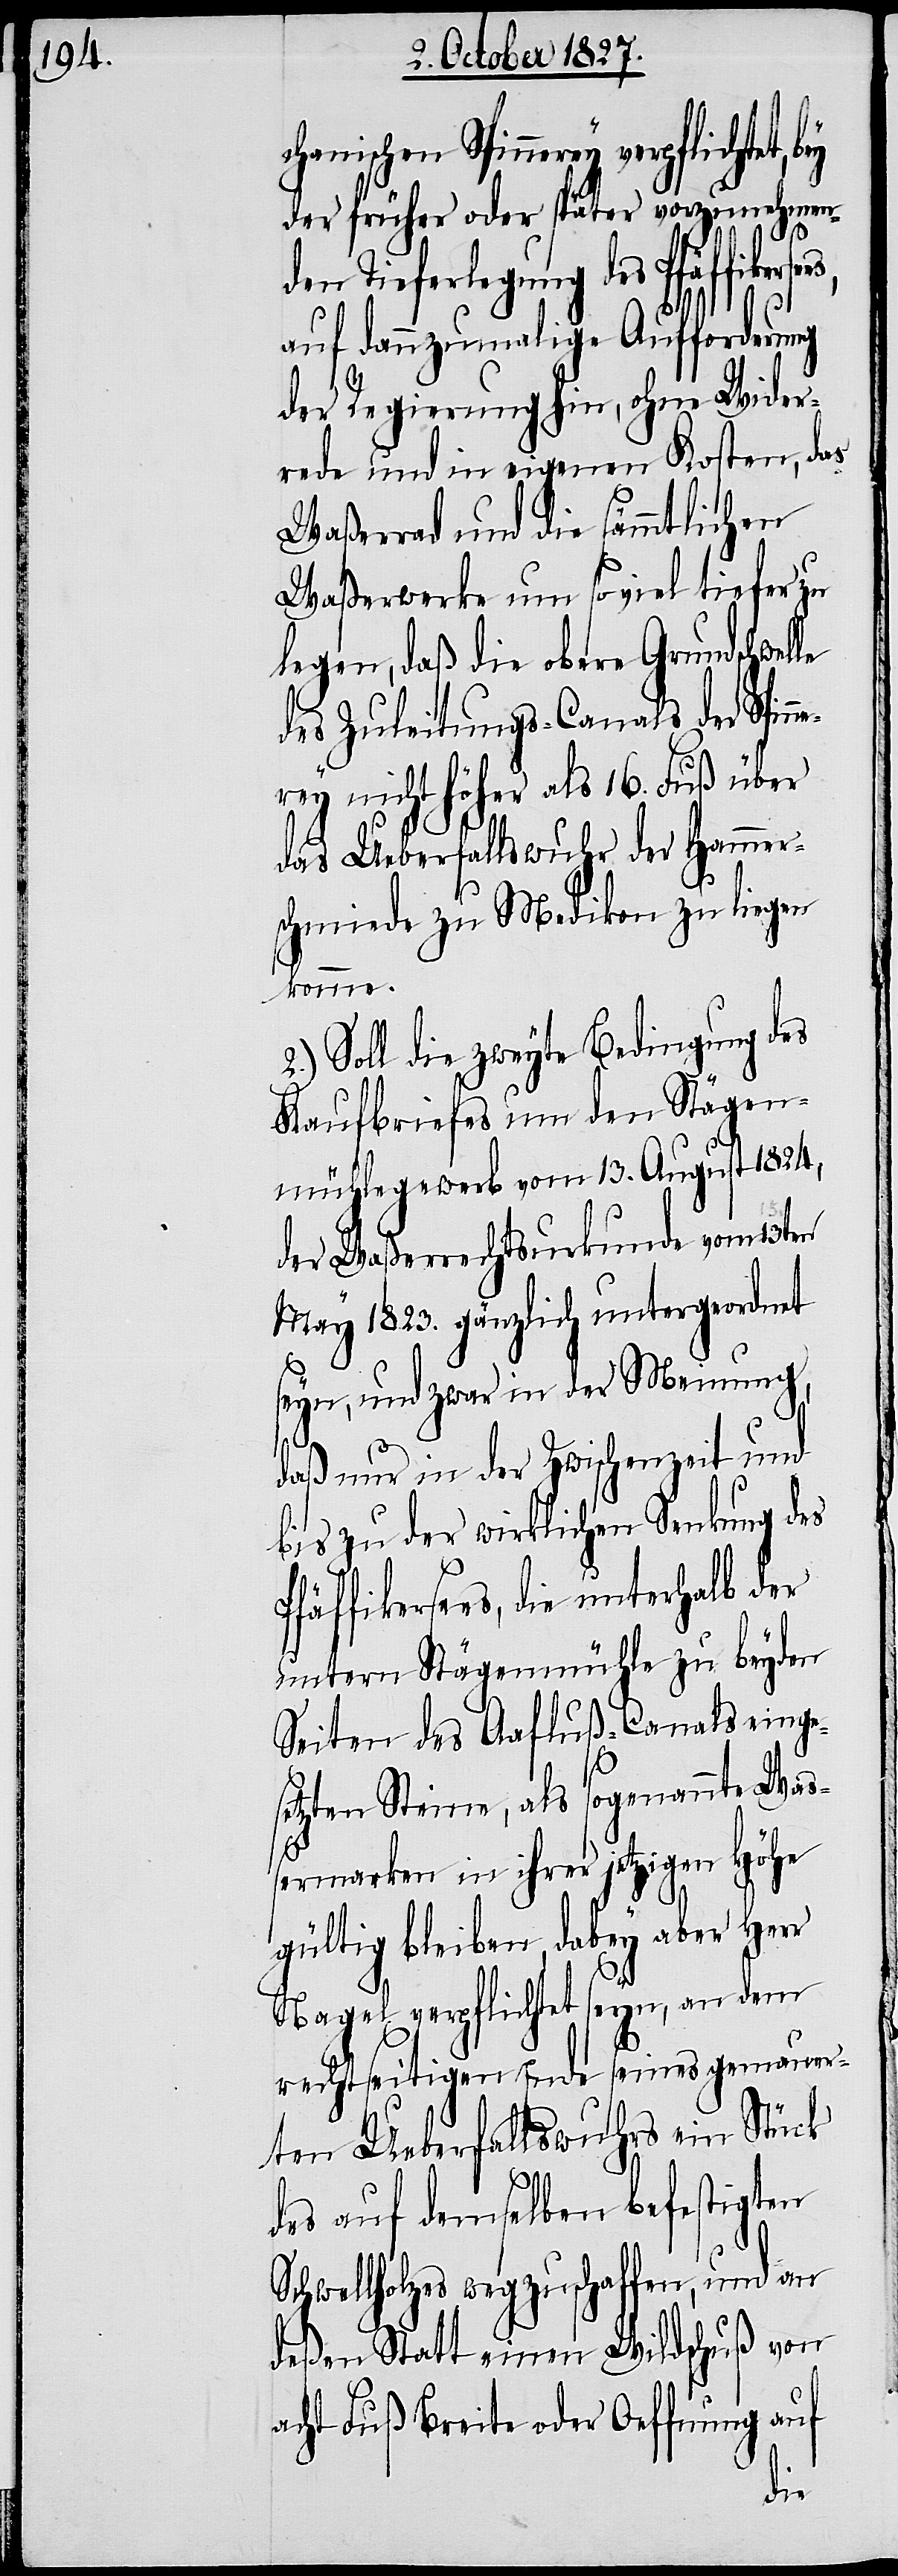
Spinnerey verpflichtet,
der früher oder später vorzunehmend¬
en Tieferlegung des Pfäffike¬
auf dannzumalige Aufforderung
der Regierung hin, ohne Wider¬
rede und in eigenen Kosten, das
Waßerrad und die sämmtlichen
Waßerwerke um so viel tiefer zu
legen, daß die obere Grundschwel¬
des Zuleitungs-Canals der Spin¬
rey nicht höher als 16. Fuß über
das Ueberfallswehr der Hammer¬
schmiede zu Medikon zu liegen
komme.
2.) Soll die zweyte Bedingung des
Kaufbriefes um den Stägen¬
mühlegewerb vom 13. August 1824,
der Waßerrechtsurkunde vom 13ten
May 1823. gänzlich untergeordnet
seyn, und zwar in der Meinung,
daß nur in der Zwischenzeit und
bis zu der wirklichen Senkung des
Pfäffikersees, die unterhalb der
untern Stägenmühle zu beyden
Seiten des Aafluß-Canals einge¬
le
setzten Steine, als sogenannte Wa¬
ßermarken in ihrer jetzigen Höhe
gültig bleiben, dabey aber Herr
Nagel verpflichtet seyn, an dem
rechtseitigen Ende seines gemauer¬
ten Ueberfallswuhrs ein Stück
ne¬
des auf demselben befestigten
Schwellholzes wegzuschaffen, und an
deßen Statt einen Wildschuß von
acht Fuß Breite oder Oeffnung auf